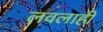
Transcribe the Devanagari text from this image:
लवलाहीं